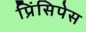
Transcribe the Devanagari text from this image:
प्रिंसिपेस